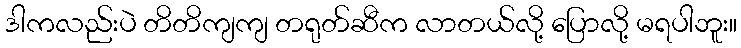
ဒါကလည်းပဲ တိတိကျကျ တရုတ်ဆီက လာတယ်လို့ ပြောလို့ မရပါဘူး။